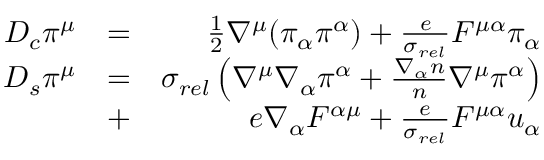
\begin{array} { r l r } { D _ { c } \pi ^ { \mu } } & { = } & { \frac { 1 } { 2 } \nabla ^ { \mu } ( \pi _ { \alpha } \pi ^ { \alpha } ) + \frac { e } { \sigma _ { r e l } } F ^ { \mu \alpha } \pi _ { \alpha } } \\ { D _ { s } \pi ^ { \mu } } & { = } & { \sigma _ { r e l } \left( \nabla ^ { \mu } \nabla _ { \alpha } \pi ^ { \alpha } + \frac { \nabla _ { \alpha } n } { n } \nabla ^ { \mu } \pi ^ { \alpha } \right) } \\ & { + } & { e \nabla _ { \alpha } F ^ { \alpha \mu } + \frac { e } { \sigma _ { r e l } } F ^ { \mu \alpha } u _ { \alpha } } \end{array}